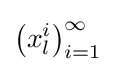
\left(x_{l}^{i}\right)_{i=1}^{\infty }